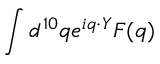
\int d ^ { 1 0 } q e ^ { i q \cdot Y } F ( q )